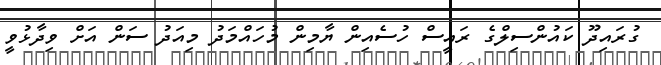
ގުރައިދޫ ކައުންސިލްގެ ރައީސް ހުސެއިން ޔާމިން މުހައްމަދު މިއަދު ސަން އަށް ވިދާޅުވީ